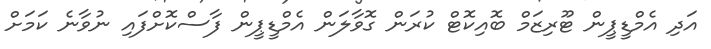
އަދި އެމްޑީޕީން ޓޫރިޒަމް ބޮއިކޮޓް ކުރަން ގޮވާލަން އެމްޑީޕީން ފާސްކޮށްފައި ނުވާނެ ކަމަށް